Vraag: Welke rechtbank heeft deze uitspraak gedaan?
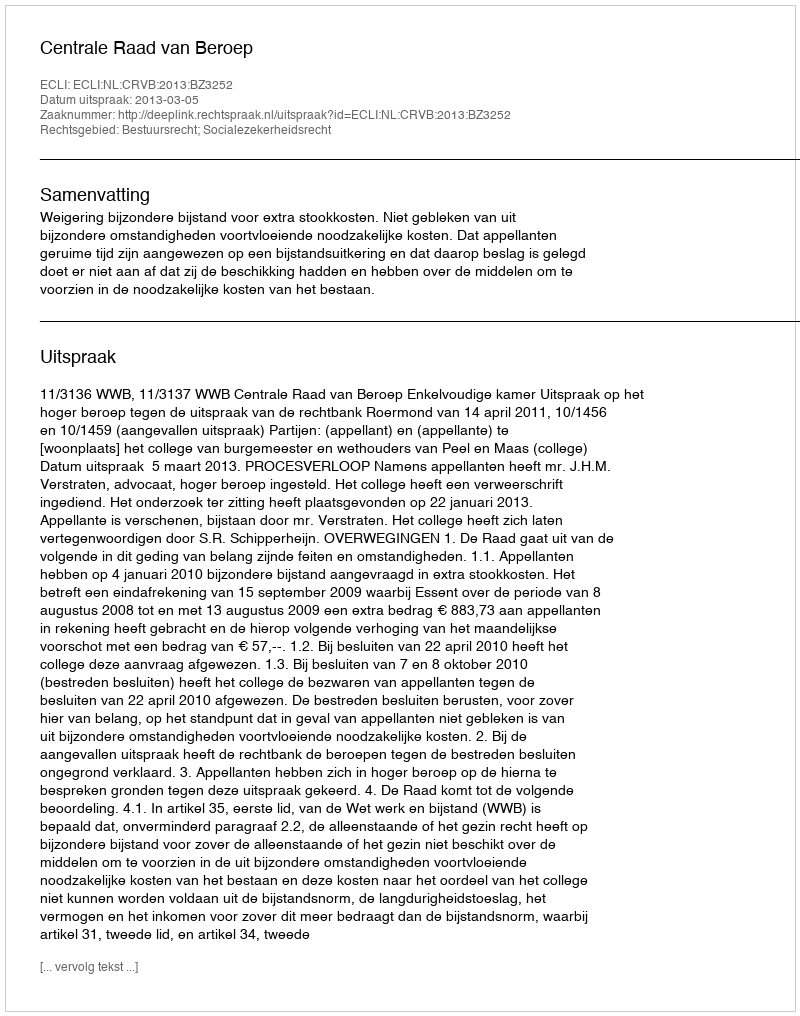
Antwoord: Centrale Raad van Beroep